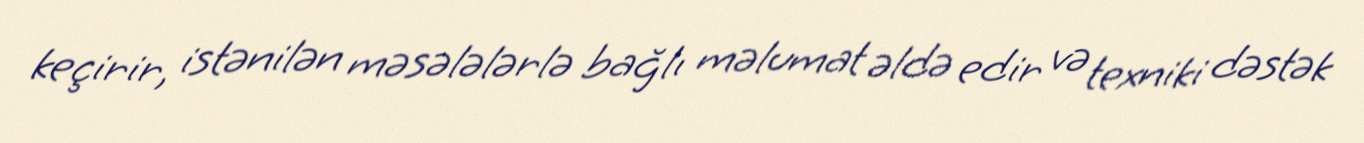
keçirir, istənilən məsələlərlə bağlı məlumat əldə edir və texniki dəstək